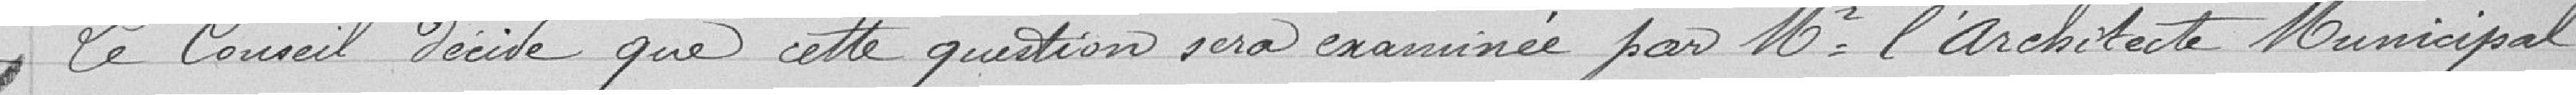
Le Conseil décide que cette question sera examinée par M. L'architecte Municipal.